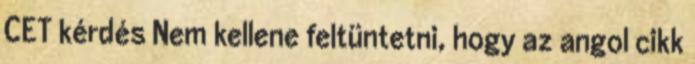
CET kérdés Nem kellene feltüntetni, hogy az angol cikk